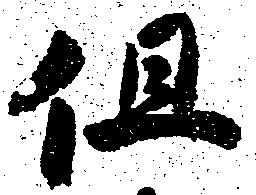
但